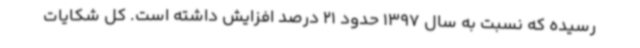
رسیده که نسبت به سال 1397 حدود 21 درصد افزایش داشته است. کل شکایات